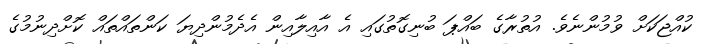
ކުއްޖަކަށް ވުމުންނެވެ. އުތުރާގެ ބައްޕަ ބުނިގޮތުގައި އެ އާއިލާއިން އެދެމުންދިޔަ ކަންތައްތައް ކޮށްދިނުމުގެ